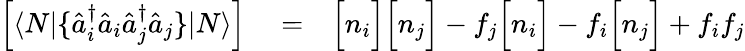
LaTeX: \begin{array}{rlr}{\left[\langle N|\{ \hat{a}_{i}^{\dagger}\hat{a}_{i}\hat{a}_{j}^{\dagger}\hat{a}_{j}\} |N\rangle\right]}&{{}=}&{\Big[n_{i}\Big]\Big[n_{j}\Big]-f_{j}\Big[n_{i}\Big]-f_{i}\Big[n_{j}\Big]+f_{i}f_{j}}\end{array}